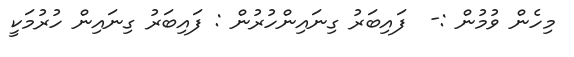
މިހެން ވުމުން :-  ފައިބަރު ގިނައިންހުރުން : ފައިބަރު ގިނައިން ހުރުމަކީ